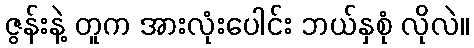
ဇွန်းနဲ့ တူက အားလုံးပေါင်း ဘယ်နှစုံ လိုလဲ။